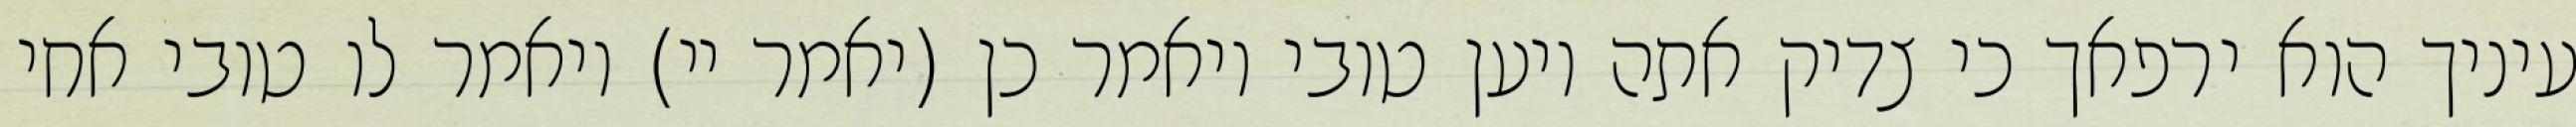
עיניך הוא ירפאך כי צדיק אתה ויען טובי ויאמר כן (יאמר יי) ויאמר לו טובי אחי